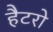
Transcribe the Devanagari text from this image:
हैटरो